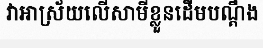
វាអាស្រ័យលើសាមីខ្លួនដើមបណ្តឹង